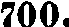
700.